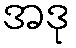
အဒု